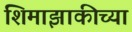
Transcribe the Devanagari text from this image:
शिमाझाकीच्या